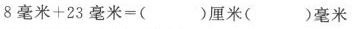
8毫米+23毫米=( )厘米( )毫米